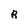
Character: R